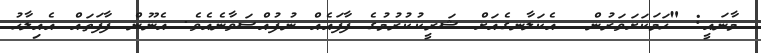
މާނައީ: "ހަމަކަށަވަރުން  އެކަލާނގެއަށް ޝަރީކުކުރުމުގެ ފާފައެއް ނުފުއްސަވާނެއެވެ. އެނޫން ފާފަތައް އެއިލާހު